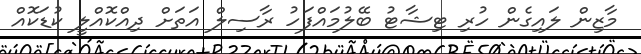
މާޒިން ލައިގެން ހުރި ޓިޝާޓު ބޭލުމައްފަހު ރާސިލް އަތަށް ދިއްކޮއްލީ ކުޑަކޮއް